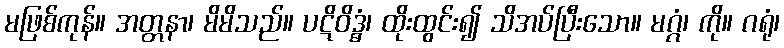
မဖြစ်ကုန်။ အတ္တနာ၊ မိမိသည်။ ပဋိဝိဒ္ဓံ၊ ထိုးထွင်း၍ သိအပ်ပြီးသော။ မဂ္ဂံ၊ ကို။ ဂရုံ၊